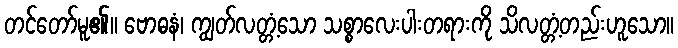
တင်တော်မူ၏။ ဗောဓနံ၊ ကျွတ်လတ္တံ့သော သစ္စာလေးပါးတရားကို သိလတ္တံ့တည်းဟူသော။